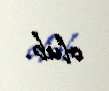
olub.